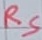
Text: RS